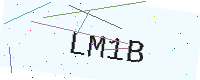
Text: LM1B